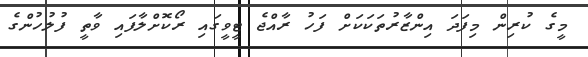
މީގެ ކުރިން މިފަދަ އިންޒާރުތަކަކަށް ފަހު ރާއްޖެ ޓީވީގައި ރޯކޮށްލާފައި ވާތީ ފުލުހުންގެ